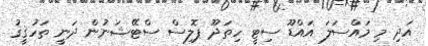
އަދި މި މައްސަލަ އައްޑޫ ސިޓީ ހިތަދޫ ޕޮލިސް ސްޓޭޝަނުން ދަނީ ތަހުޤީޤު